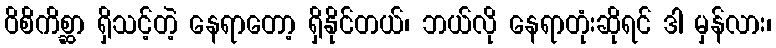
ဝိစိကိစ္ဆာ ရှိသင့်တဲ့ နေရာတော့ ရှိနိုင်တယ်၊ ဘယ်လို နေရာတုံးဆိုရင် ဒါ မှန်လား၊